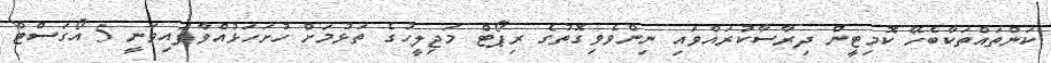
ކަންތައްތަކާބެހޭ ކޮމިޓީން ދިރާސާކުރައްވައި ނިންވެވިގޮތުގެ ރިޕޯޓް މަޖިލީހުގެ ތަޅުމަށް ހުށަހަޅުއްވާފައިވަނީ 5 އޯގަސްޓް